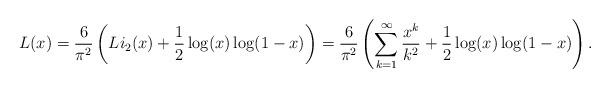
LaTeX: \begin{align*} L(x) = \frac{6}{\pi^2} \left( Li_2(x) + \frac{1}{2} \log(x) \log(1-x) \right) = \frac{6}{\pi^2} \left( \sum_{k=1}^{\infty} \frac{x^k}{k^2} + \frac{1}{2} \log(x) \log(1-x) \right).\end{align*}